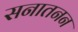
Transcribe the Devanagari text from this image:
सनातनन